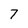
Character: 7